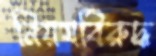
নিয়মবিরুদ্ধ